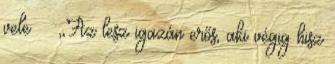
vele ^^ ,,Az lesz igazán erős, aki végig hisz